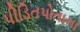
પીડિતપોતાના